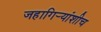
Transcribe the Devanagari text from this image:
जहागिर्‍यांशीच